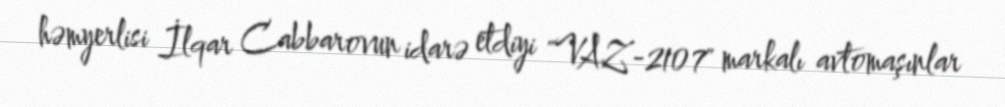
həmyerlisi İlqar Cabbarovun idarə etdiyi "VAZ-2107" markalı avtomaşınlar